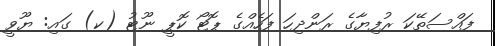
ފައްސަތޭކަ ރުފިޔާގެ ރަންދިހަ ފަހެއްގެ ޕޮޓޯ ކޮޕީ ނޫޓު (ކ) ގައި: ޔޫވީ